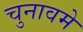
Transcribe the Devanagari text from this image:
चुनावमे